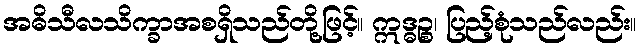
အဓိသီလသိက္ခာအစရှိသည်တို့ဖြင့်။ ဣဒ္ဓဉ္စ၊ ပြည့်စုံသည်လည်း။